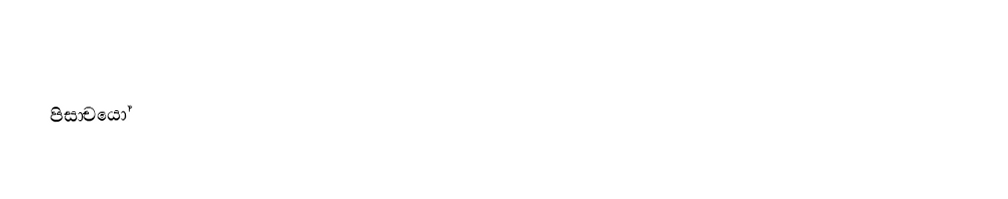
පිසාචයෝ